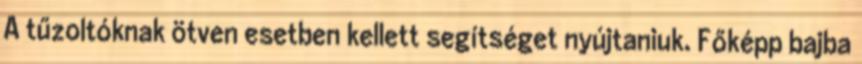
A tűzoltóknak ötven esetben kellett segítséget nyújtaniuk. Főképp bajba